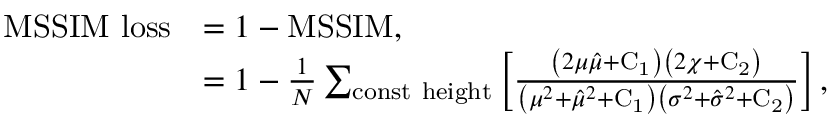
\begin{array} { r l } { \mathrm { M S S I M ~ l o s s } } & { = 1 - \mathrm { M S S I M } , } \\ & { = 1 - \frac { 1 } { N } \sum _ { \mathrm { c o n s t ~ h e i g h t } } \left[ \frac { \left( 2 \mu \hat { \mu } + \mathrm { C _ { 1 } } \right) \left( 2 \chi + \mathrm { C _ { 2 } } \right) } { \left( \mu ^ { 2 } + \hat { \mu } ^ { 2 } + \mathrm { C _ { 1 } } \right) \left( \sigma ^ { 2 } + \hat { \sigma } ^ { 2 } + \mathrm { C _ { 2 } } \right) } \right] , } \end{array}